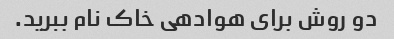
دو روش برای هوادهی خاک نام ببرید.